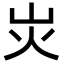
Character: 𡵖